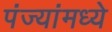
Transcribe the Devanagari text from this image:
पंज्यांमध्ये